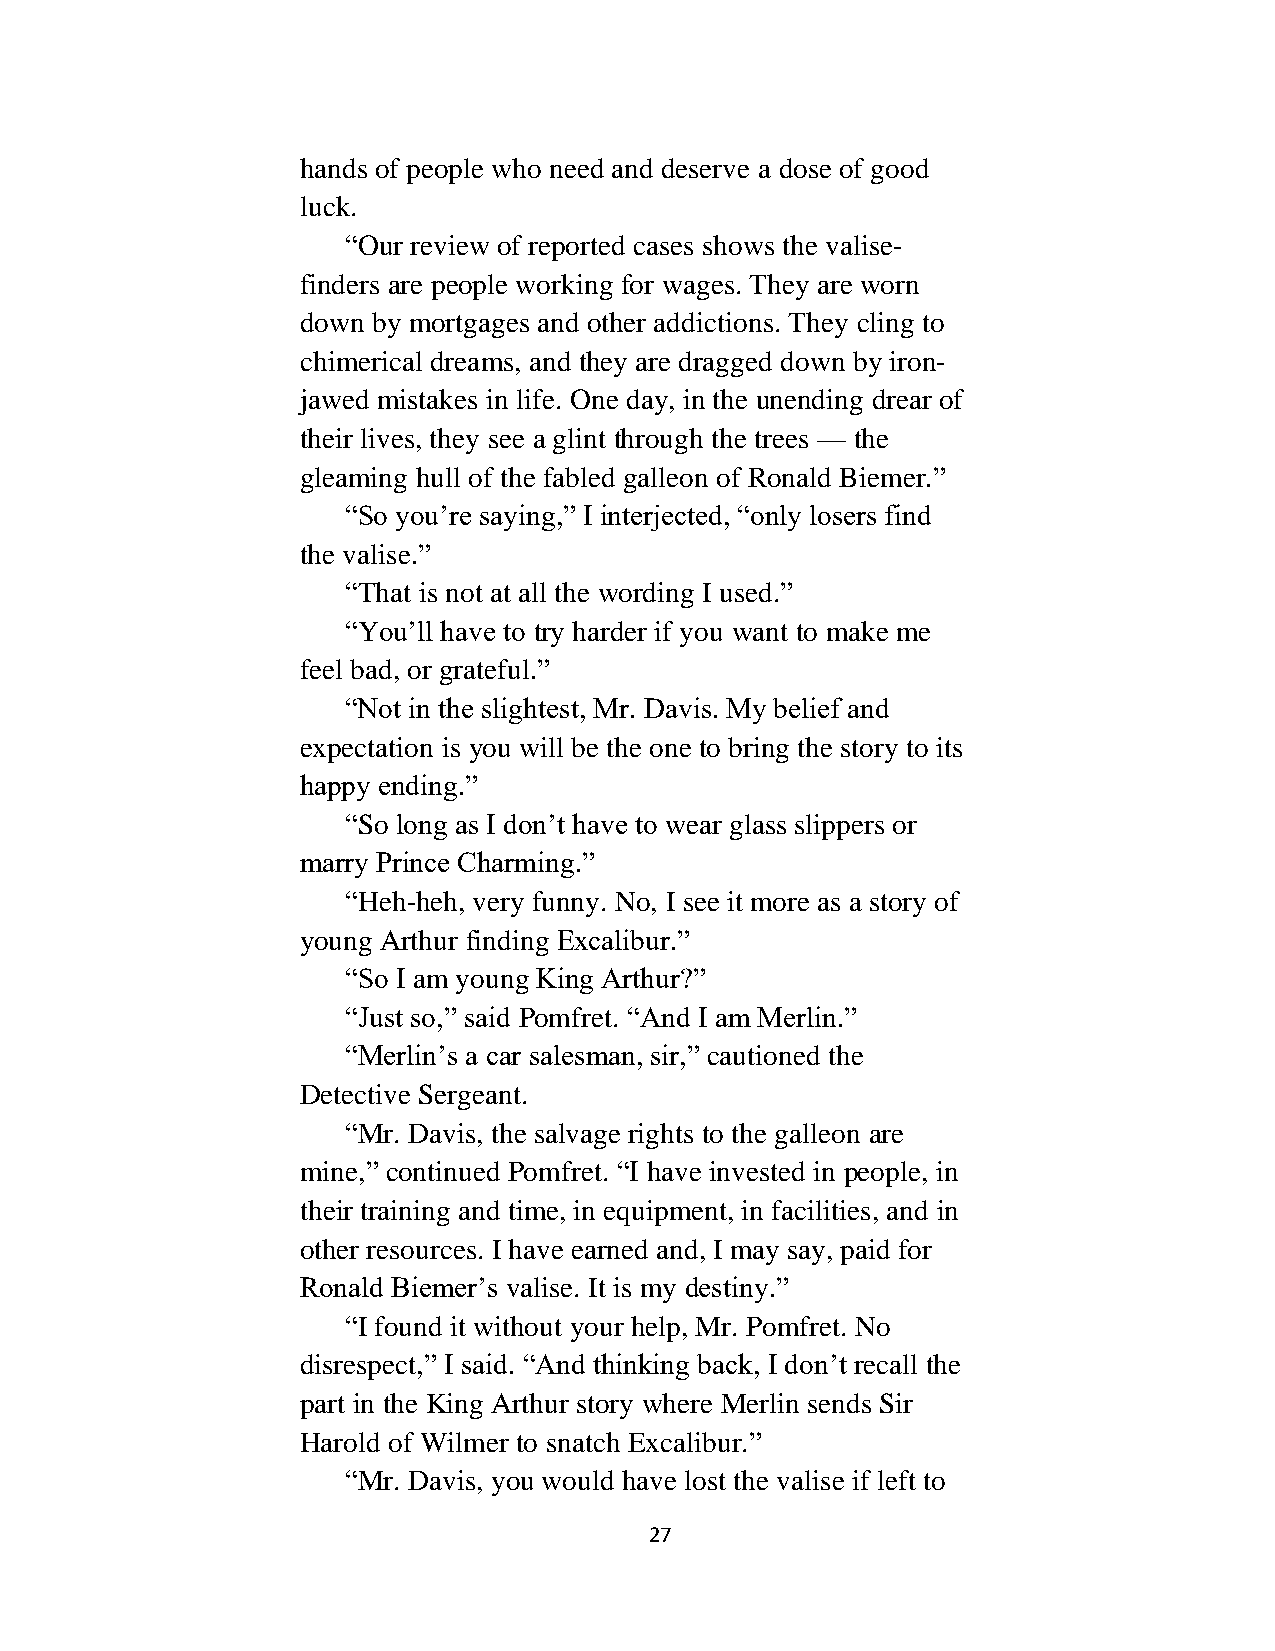
hands of people who need and deserve a dose of good
 luck.
 “Our review of reported cases shows the valise-
 finders are people working for wages. They are worn
 down by mortgages and other addictions. They cling to
 chimerical dreams, and they are dragged down by iron-
 jawed mistakes in life. One day, in the unending drear of
 their lives, they see a glint through the trees — the
 gleaming hull of the fabled galleon of Ronald Biemer.”
 “So you’re saying,” I interjected, “only losers find
 the valise.”
 “That is not at all the wording I used.”
 “You’ll have to try harder if you want to make me
 feel bad, or grateful.”
 “Not in the slightest, Mr. Davis. My belief and
 expectation is you will be the one to bring the story to its
 happy ending.”
 “So long as I don’t have to wear glass slippers or
 marry Prince Charming.”
 “Heh-heh, very funny. No, I see it more as a story of
 young Arthur finding Excalibur.”
 “So I am young King Arthur?”
 “Just so,” said Pomfret. “And I am Merlin.”
 “Merlin’s a car salesman, sir,” cautioned the
 Detective Sergeant.
 “Mr. Davis, the salvage rights to the galleon are
 mine,” continued Pomfret. “I have invested in people, in
 their training and time, in equipment, in facilities, and in
 other resources. I have earned and, I may say, paid for
 Ronald Biemer’s valise. It is my destiny.”
 “I found it without your help, Mr. Pomfret. No
 disrespect,” I said. “And thinking back, I don’t recall the
 part in the King Arthur story where Merlin sends Sir
 Harold of Wilmer to snatch Excalibur.”
 “Mr. Davis, you would have lost the valise if left to
 27